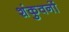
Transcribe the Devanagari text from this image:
शंकुवनों